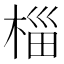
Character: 椔